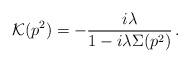
LaTeX: \begin{align*}{\cal K}(p^2) = - \frac{i\lambda}{1 - i\lambda\Sigma(p^2)}\,.\end{align*}